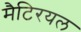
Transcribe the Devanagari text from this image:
मैटिरयल